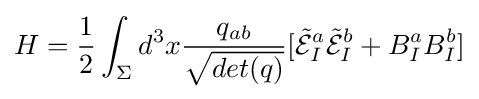
H={1 \over 2}\int _{\Sigma }d^{3}x{q_{ab} \over {\sqrt {det(q)}}}[{\tilde {\mathcal {E}}}_{I}^{a}{\tilde {\mathcal {E}}}_{I}^{b}+B_{I}^{a}B_{I}^{b}]